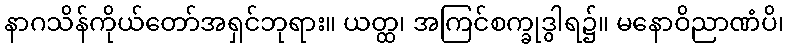
နာဂသိန်ကိုယ်တော်အရှင်ဘုရား။ ယတ္ထ၊ အကြင်စက္ခုဒွါရ၌။ မနောဝိညာဏံပိ၊